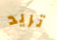
تريد